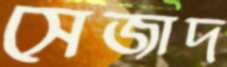
সেজাদ